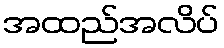
အထည်အလိပ်